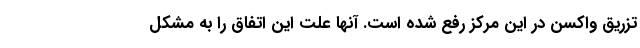
تزریق واکسن در این مرکز رفع شده است. آنها علت این اتفاق را به مشکل